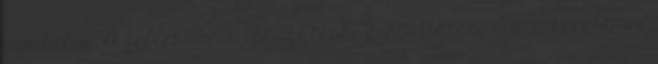
van helye. A fellebbezés igazgatási szolgáltatási díja a kérelemre